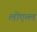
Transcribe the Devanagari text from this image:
लोएत्ल